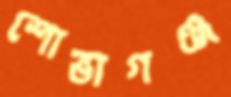
শোভাগঞ্জ